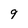
Character: 9